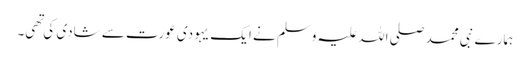
ہمارے نبی محمد صلی اللہ علیہ وسلم نے ایک یہودی عورت سے شادی کی تهی۔